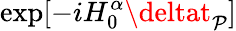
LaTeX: \exp[-iH_{0}^{\alpha}\deltat_{\mathcal{P}}]